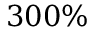
3 0 0 \%